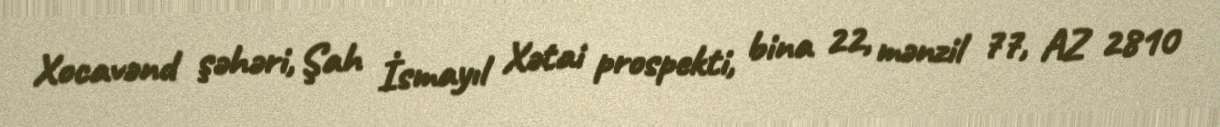
Xocavənd şəhəri, Şah İsmayıl Xətai prospekti, bina 22, mənzil 77, AZ 2810